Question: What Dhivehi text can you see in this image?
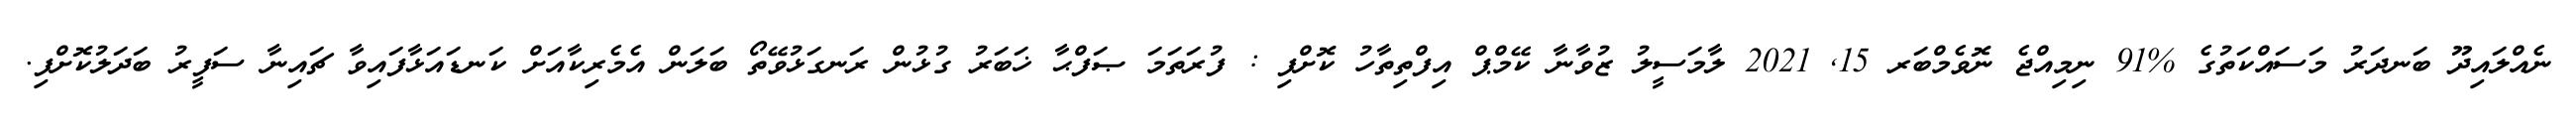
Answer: ނެއްލައިދޫ ބަނދަރު މަސައްކަތުގެ %91 ނިމިއްޖެ ނޮވެމްބަރ 15, 2021 ލާމަސީލު ޒުވާނާ ކޭމްޕް އިފްތިތާހު ކޮށްފި : ފުރަތަމަ ޞަފްޙާ ޚަބަރު ގުޅުން ރަނގަޅުވޭތޯ ބަލަން އެމެރިކާއަށް ކަނޑައަޅާފައިވާ ޗައިނާ ސަފީރު ބަދަލުކޮށްފި.